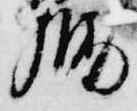
勝